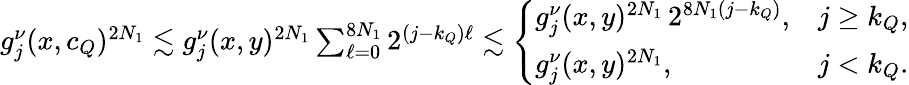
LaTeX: \begin{array}{r}{g_{j}^{\nu}(x,c_{Q})^{2N_{1}}\lesssim g_{j}^{\nu}(x,y)^{2N_{1}}\sum_{\ell=0}^{8N_{1}}2^{(j-k_{Q})\ell}\lesssim\left\{ \begin{array}{ll}{g_{j}^{\nu}(x,y)^{2N_{1}}\, 2^{8N_{1}(j-k_{Q})},}&{j\geq k_{Q},}\\ {g_{j}^{\nu}(x,y)^{2N_{1}},}&{j<k_{Q}.}\end{array}\right.}\end{array}